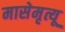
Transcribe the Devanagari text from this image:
मासेमृत्यू